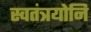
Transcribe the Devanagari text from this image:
स्वतंत्रयोनि